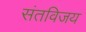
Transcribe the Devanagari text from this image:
संतविजय